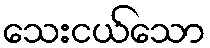
သေးငယ်သော